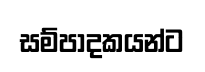
සම්පාදකයන්ට